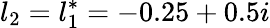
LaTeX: l_{2}=l_{1}^{*}=-0.25+0.5i